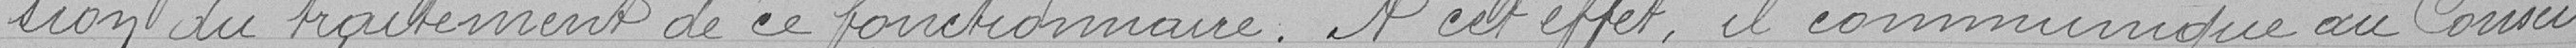
-sion du traitement de ce fonctionnaire. A cet effet, il communique au Conseil